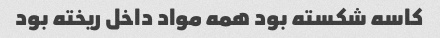
کاسه شکسته بود همه مواد داخل ریخته بود